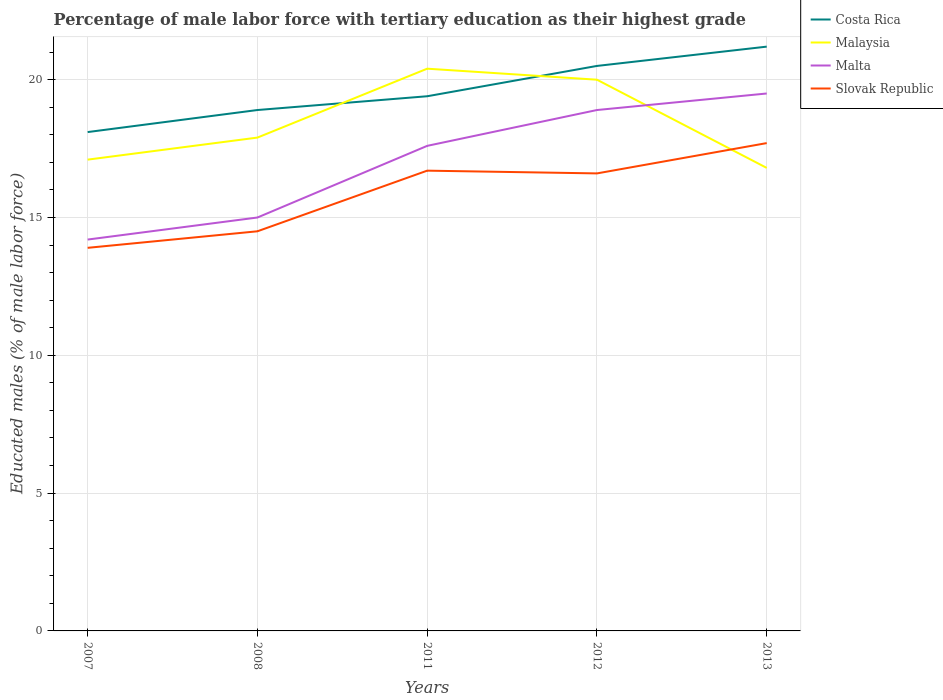
| Years | Costa Rica | Malaysia | Malta | Slovak Republic |
 | --- | --- | --- | --- | --- |
 | 2007 | 18.1 | 17.1 | 14.2 | 13.9 |
 | 2008 | 18.9 | 17.9 | 15 | 14.5 |
 | 2011 | 19.4 | 20.4 | 17.6 | 16.7 |
 | 2012 | 20.5 | 20 | 18.9 | 16.6 |
 | 2013 | 21.2 | 16.8 | 19.5 | 17.7 |